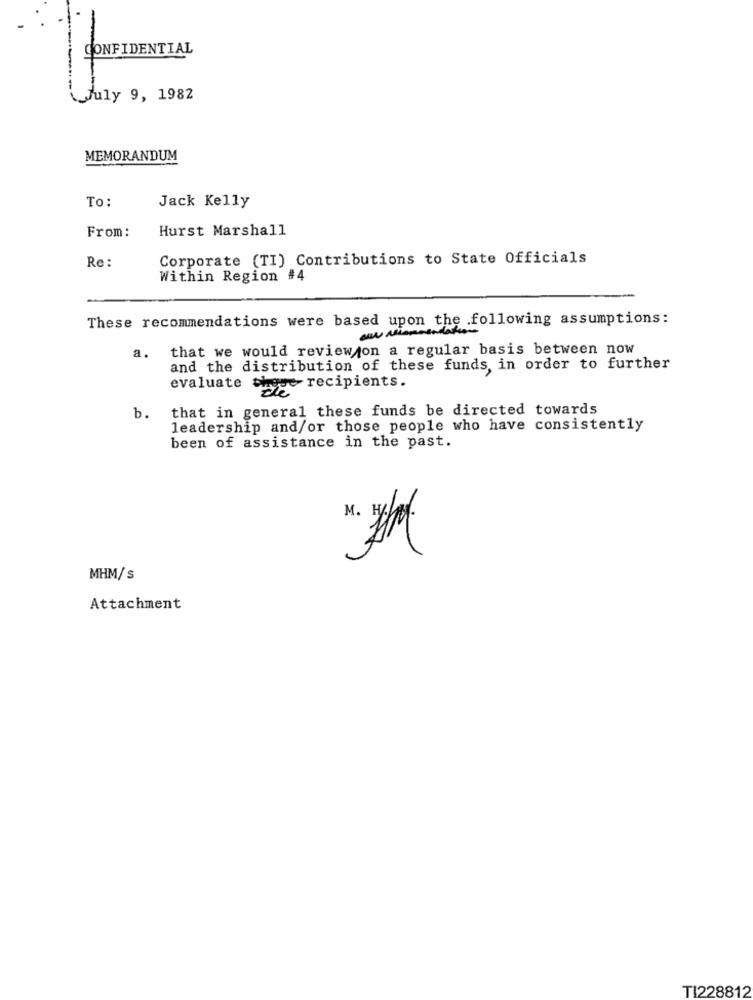
-
CONFIDENTIAL
July 9, 1982
MEMORANDUM
Jack Kelly
To:
Hurst Marshall
From:
Re:
Corporate (TI) Contributions to State Officials
Within Region #4
These recommendations were based upon the following assumptions:
w recommendation
a. that we would review on a regular basis between now
and the distribution of these funds, in order to further
evaluate these recipients.
b. that in general these funds be directed towards
leadership and/or those people who have consistently
been of assistance in the past.
MHM/s
Attachment
TI228812